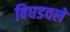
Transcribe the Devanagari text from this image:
बिघडवले